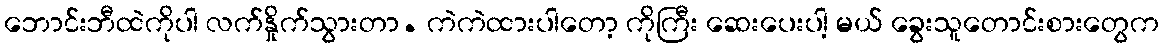
ဘောင်းဘီထဲကိုပါ လက်နှိုက်သွားတာ. ကဲကဲထားပါတော့ ကိုကြီး ဆေးပေးပါ့ မယ် ခွေးသူတောင်းစားတွေက